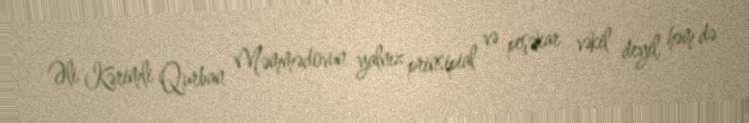
Əli Kərimli Qurban Məmmədovun yalnız prinsipial və peşəkar vəkil deyil, həm də